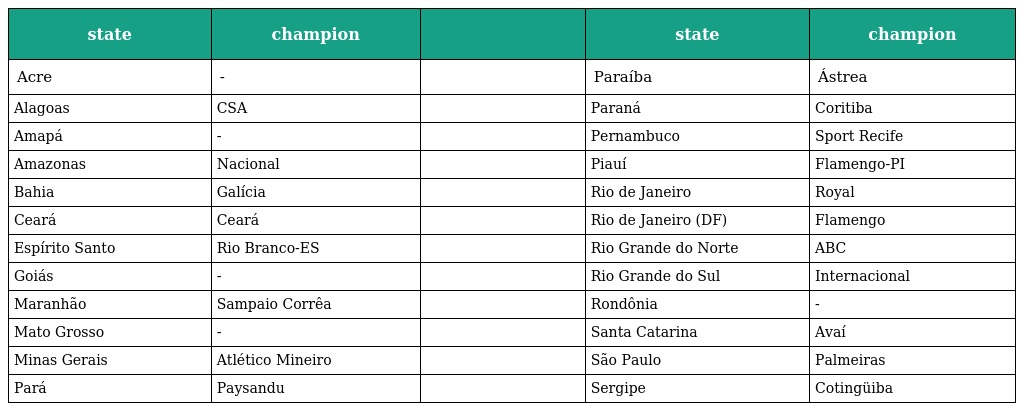
| state | champion |  | state | champion |
 | --- | --- | --- | --- | --- |
 | Acre | - |  | Paraíba | Ástrea |
 | Alagoas | CSA |  | Paraná | Coritiba |
 | Amapá | - |  | Pernambuco | Sport Recife |
 | Amazonas | Nacional |  | Piauí | Flamengo-PI |
 | Bahia | Galícia |  | Rio de Janeiro | Royal |
 | Ceará | Ceará |  | Rio de Janeiro (DF) | Flamengo |
 | Espírito Santo | Rio Branco-ES |  | Rio Grande do Norte | ABC |
 | Goiás | - |  | Rio Grande do Sul | Internacional |
 | Maranhão | Sampaio Corrêa |  | Rondônia | - |
 | Mato Grosso | - |  | Santa Catarina | Avaí |
 | Minas Gerais | Atlético Mineiro |  | São Paulo | Palmeiras |
 | Pará | Paysandu |  | Sergipe | Cotingüiba |